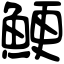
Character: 鯁